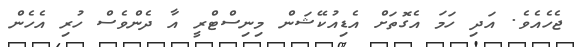
ޖެހެއެވެ. އަދި ހަމަ އެގޮތަށް އެޑިއުކޭޝަން މިނިސްޓްރީ އާ ދެންވެސް ހުރި އެހެން